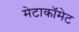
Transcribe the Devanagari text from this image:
मेटाकॉमेट